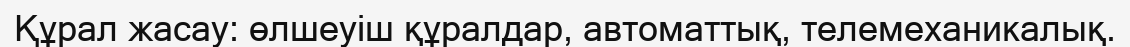
Құрал жасау: өлшеуіш құралдар, автоматтық, телемеханикалық.